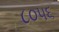
૮૦૫૬